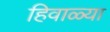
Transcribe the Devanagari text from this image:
हिवाळ्या